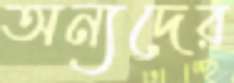
অন্যদের